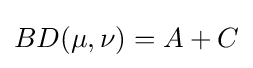
BD(\mu ,\nu )=A+C